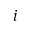
i